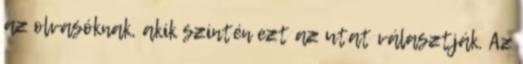
az olvasóknak, akik szintén ezt az utat választják. Az